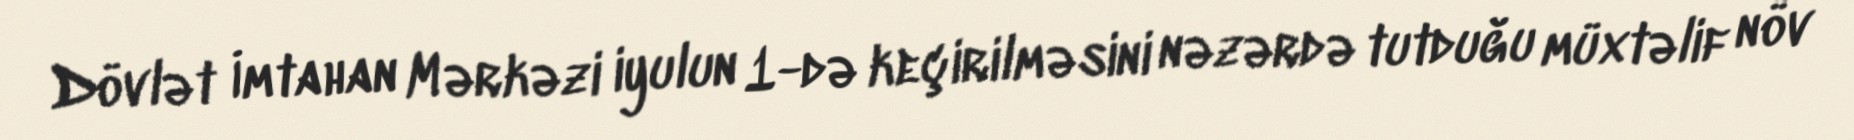
Dövlət İmtahan Mərkəzi iyulun 1-də keçirilməsini nəzərdə tutduğu müxtəlif növ